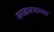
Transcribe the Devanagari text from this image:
काढावयाच्या